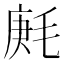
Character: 𣮒